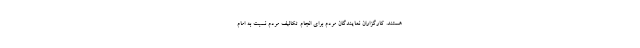
هستند. کارگزاران نمایندگان مردم برای انجام تکالیف مردم نسبت به امام